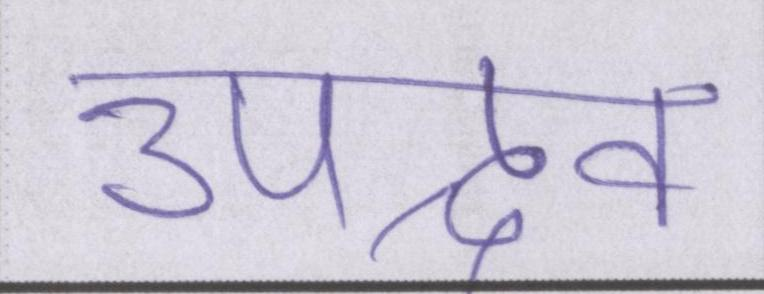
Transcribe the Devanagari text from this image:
उपद्रव